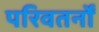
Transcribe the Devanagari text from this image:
परिवतर्नों